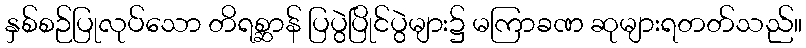
နှစ်စဉ်ပြုလုပ်သော တိရစ္ဆာန် ပြပွဲပြိုင်ပွဲများ၌ မကြာခဏ ဆုများရတတ်သည်။